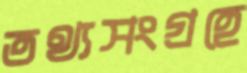
তথ্যসংগ্রহে